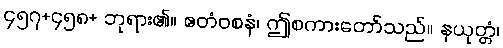
၄၅၇+၄၅၈+ ဘုရား၏။ ဧတံဝစနံ၊ ဤစကားတော်သည်။ နယုတ္တံ၊